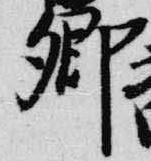
卿